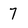
Character: 7